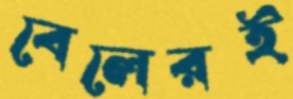
বেলেরই